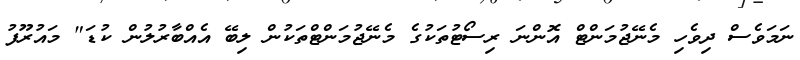
ނަމަވެސް ދިވެހި މެނޭޖުމަންޓް އޮންނަ ރިސޯޓުތަކުގެ މެނޭޖުމަންޓްތަކުން ލިބޭ އެއްބާރުލުން ކުޑަ" މައުރޫފު